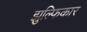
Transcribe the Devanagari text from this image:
झुल्फिकार